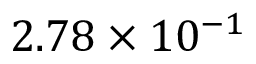
2 . 7 8 \times 1 0 ^ { - 1 }